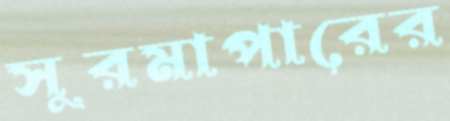
সুরমাপারের